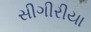
સીગીરીયા